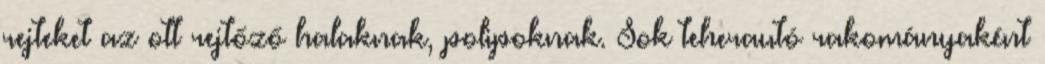
rejteket az ott rejtőző halaknak, polipoknak. Sok teherautó rakományaként